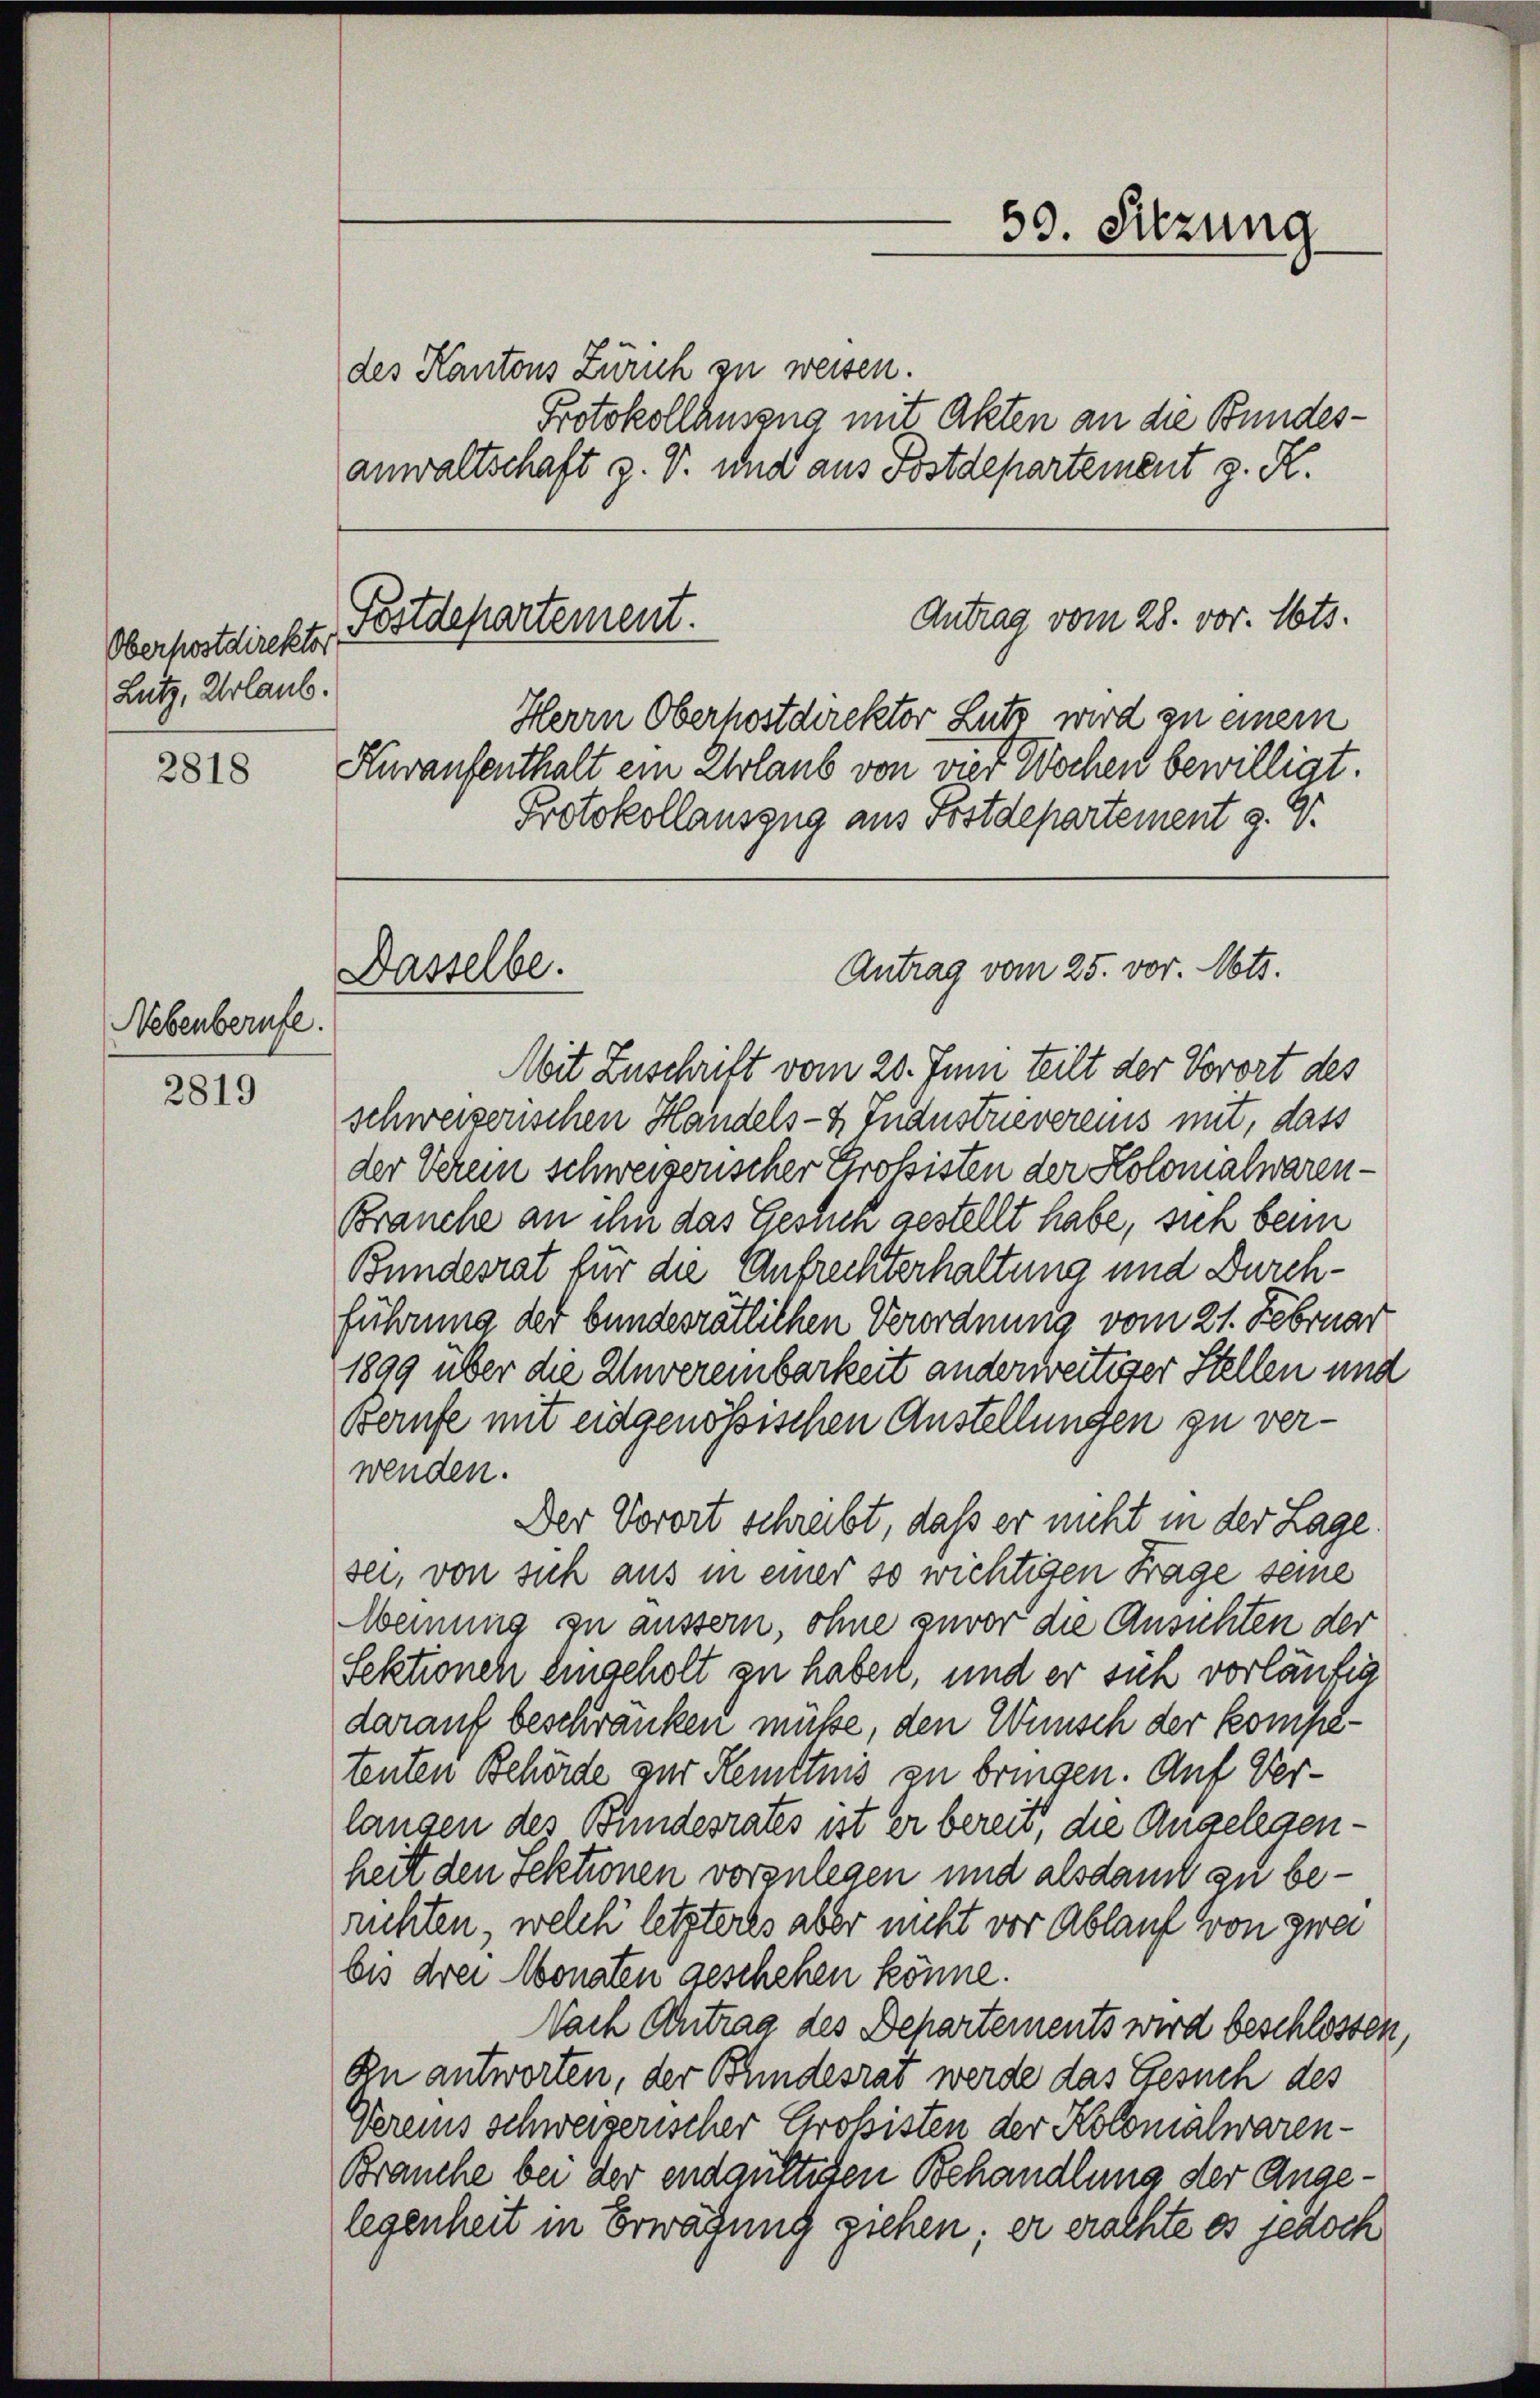
Oberpostdirektor
Lutz, Urlaub.

2818

Nebenberufe.

2819

Herrn Oberhostdirektor Lutz wird zu einem
Huraufenthalt ein Erlaub von vier Wochen bewilligt.
Protokollauszug aus Postdepartement g. G

des Kantons Zürich zu weisen.
Protokollauszug mit Akten an die Bundesanwaltschaft z. V. und aus Postdepartement z. R.

Antrag vom 28. vor. Mts.
Fostdepartement.

Dasselbe.

59. Sitzung

Antrag vom 25. vor. Mts.

Mit Zuschrift vom 20. Juni teilt der Vorort des
schweizerischen Handels- & Industrieverenis mit, dass
der Verein schweizerischer Großisten der Kolomalwaren¬
Branche an ihn das Gestich gestellt habe, sich beim
Bundesrat für die Aufrechterhaltung und Durchführung der bundesrätlichen Verordnung vom 21. Februar
1899 über die Unvereinbarkeit anderweiteser Stellen und
Berufe mit eidgenössischen Anstellungen zu verwenden.
Der Vorort schreibt, daß er nicht in der Lage.
sei, von sich aus in einer so wichtigen Frage seine
Meinung zu äussern, ohne zuvor die Ansuchten der
Sektionen eingeholt zu haben, und er sich vorläufig
darauf beschränken müße, den Wunsch der kompetenten Behörde zur Kemttnis zu bringen. Auf Verlangen des Bundesrates ist er bereit, die Angelegenheit den Sektionen vorzulegen und alsdant zu beruchten, welch letzteres aber nicht vor Ablauf von zwei
bis drei Monaten geschehen könne.
Nach Antrag des Departements wird beschlossen,
An antworten, der Bundesrat werde das Gesuch des
Vereins schweizerischer Großisten der Kolonialwaren¬
Brauche bei der endgültigen Behandlung der Angelegenheit in Erwägung ziehen; er erachte es jedoch